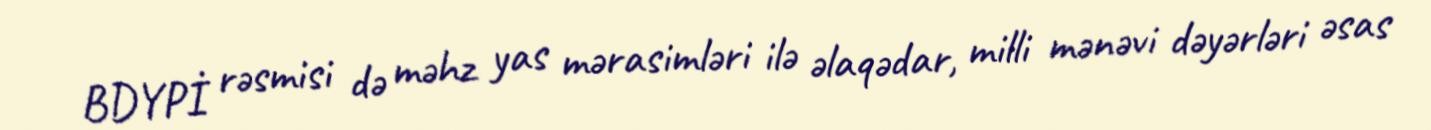
BDYPİ rəsmisi də məhz yas mərasimləri ilə əlaqədar, milli mənəvi dəyərləri əsas